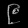
Digit: ၉